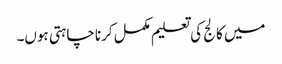
میں کالج کی تعلیم مکمل کرنا چاہتی ہوں۔